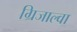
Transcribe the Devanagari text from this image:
ग्रिजाल्वा